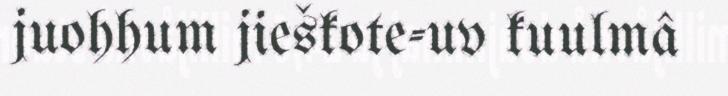
juohhum jieškote-uv kuulmâ